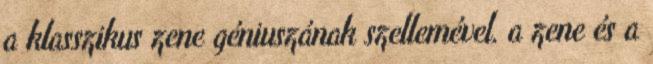
a klasszikus zene géniuszának szellemével, a zene és a